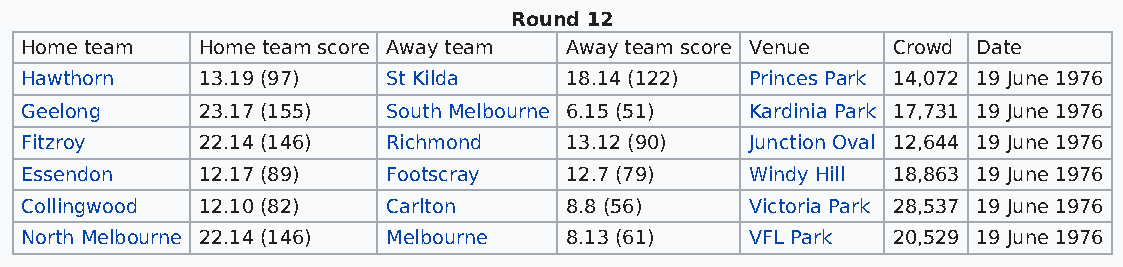
Round 12
 Home team   Home team score Away team Away team score Venue Crowd Date
 Hawthorn    13.19 (97)   St Kilda   18.14 (122)  Princes Park 14,072 19 June 1976
 Geelong     23.17 (155)  South Melbourne 6.15 (51) Kardinia Park 17,731 19 June 1976
 Fitzroy     22.14 (146)  Richmond   13.12 (90)   Junction Oval 12,644 19 June 1976
 Essendon    12.17 (89)   Footscray  12.7 (79)    Windy Hill 18,863 19 June 1976
 Collingwood 12.10 (82)   Carlton    8.8 (56)     Victoria Park 28,537 19 June 1976
 North Melbourne 22.14 (146) Melbourne 8.13 (61)  VFL Park 20,529 19 June 1976